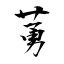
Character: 莮